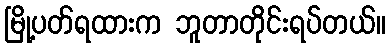
မြို့ပတ်ရထားက ဘူတာတိုင်းရပ်တယ်။